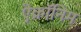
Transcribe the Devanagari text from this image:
ऐक्रॉनिम